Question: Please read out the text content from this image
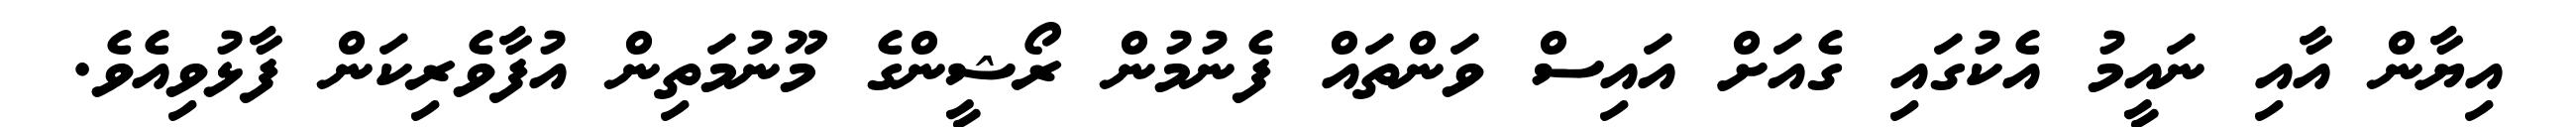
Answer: އިޔާން އާއި ނައީމު އެކުގައި ގެއަށް އައިސް ވަންތައް ފެނުމުން ރޯޝީންގެ މޫނުމަތިން އުފާވެރިކަން ފާޅުވިއެވެ.